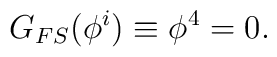
G_{FS}(\phi^i)\equiv \phi^4=0.